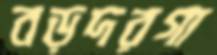
বড়দরগা